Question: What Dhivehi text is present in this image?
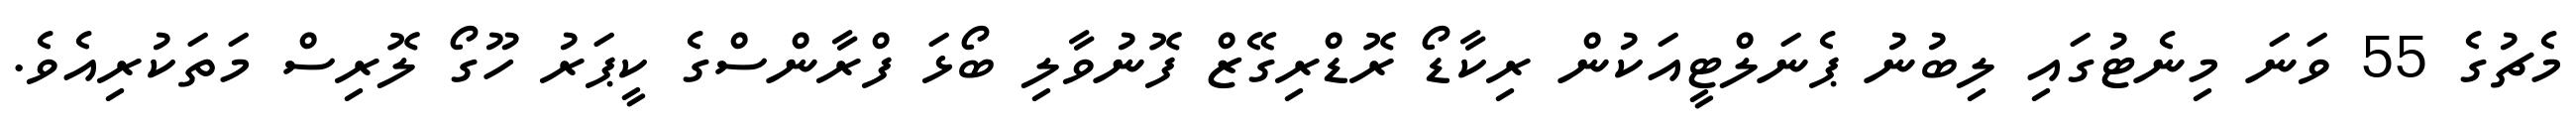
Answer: މެޗުގެ 55 ވަނަ މިނެޓުގައި ލިބުނު ޕެނަލްޓީއަކުން ރިކާޑޯ ރޮޑްރިގޭޒް ފޮނުވާލި ބޯޅަ ފްރާންސްގެ ކީޕަރު ހޫގޯ ލޮރިސް މަތަކުރިއެވެ.